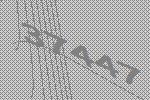
37447